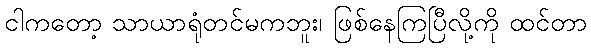
ငါကတော့ သာယာရုံတင်မကဘူး၊ ဖြစ်နေကြပြီလို့ကို ထင်တာ